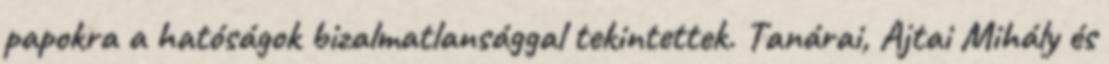
papokra a hatóságok bizalmatlansággal tekintettek. Tanárai, Ajtai Mihály és